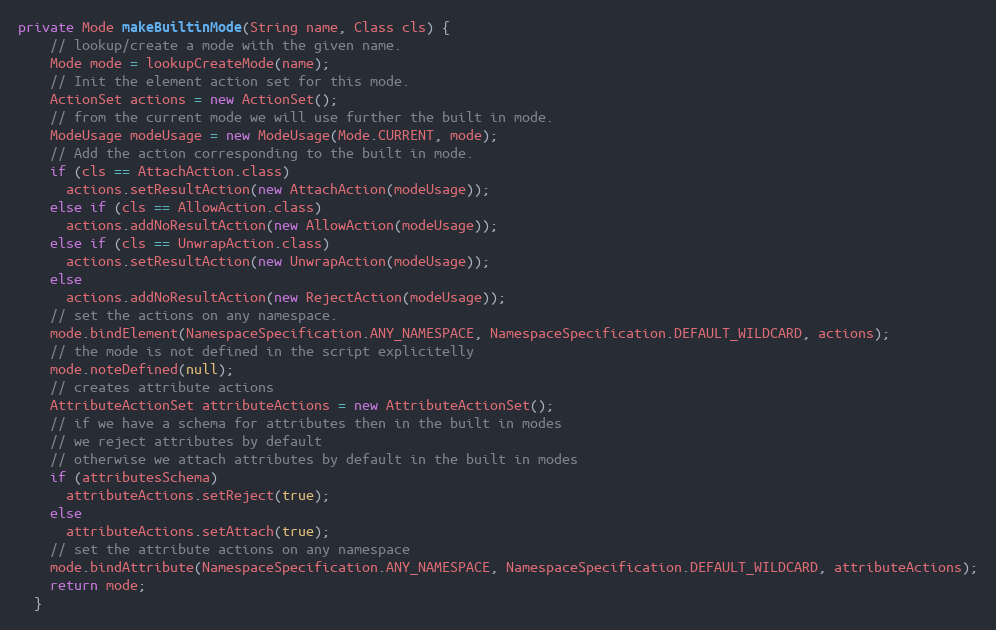
Language: Java
private Mode makeBuiltinMode(String name, Class cls) {
    // lookup/create a mode with the given name.
    Mode mode = lookupCreateMode(name);
    // Init the element action set for this mode.
    ActionSet actions = new ActionSet();
    // from the current mode we will use further the built in mode.
    ModeUsage modeUsage = new ModeUsage(Mode.CURRENT, mode);
    // Add the action corresponding to the built in mode.
    if (cls == AttachAction.class)
      actions.setResultAction(new AttachAction(modeUsage));
    else if (cls == AllowAction.class)
      actions.addNoResultAction(new AllowAction(modeUsage));
    else if (cls == UnwrapAction.class)
      actions.setResultAction(new UnwrapAction(modeUsage));
    else
      actions.addNoResultAction(new RejectAction(modeUsage));
    // set the actions on any namespace.
    mode.bindElement(NamespaceSpecification.ANY_NAMESPACE, NamespaceSpecification.DEFAULT_WILDCARD, actions);
    // the mode is not defined in the script explicitelly
    mode.noteDefined(null);
    // creates attribute actions
    AttributeActionSet attributeActions = new AttributeActionSet();
    // if we have a schema for attributes then in the built in modes
    // we reject attributes by default
    // otherwise we attach attributes by default in the built in modes
    if (attributesSchema)
      attributeActions.setReject(true);
    else
      attributeActions.setAttach(true);
    // set the attribute actions on any namespace
    mode.bindAttribute(NamespaceSpecification.ANY_NAMESPACE, NamespaceSpecification.DEFAULT_WILDCARD, attributeActions);
    return mode;
  }